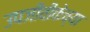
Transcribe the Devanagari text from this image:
उपजीवीकेच्या